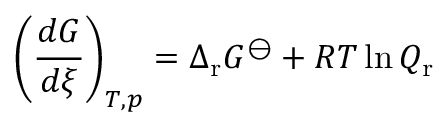
\left( { \frac { d G } { d \xi } } \right) _ { T , p } = \Delta _ { \mathrm { r } } G ^ { \ominus } + R T \ln Q _ { \mathrm { r } }